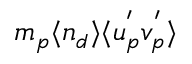
m _ { p } \langle n _ { d } \rangle \langle u _ { p } ^ { ' } v _ { p } ^ { ' } \rangle